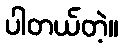
ပါတယ်တဲ့။